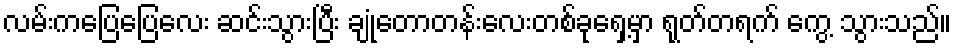
လမ်းကပြေပြေလေး ဆင်းသွားပြီး ချုံတောတန်းလေးတစ်ခုရှေ့မှာ ရုတ်တရက် ကွေ့ သွားသည်။